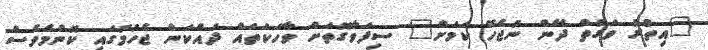
"އިތުރު ވަގުތު ދޭން ނުޖެހޭ ކަމަށް" ސިފަވާގޮތަށް ވާހަކަތައް ދައްކަން ޖެހުމުގައި ކޮންމެވެސް